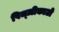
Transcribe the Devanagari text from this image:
पिज्ज़ीकाटो